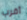
أقرب